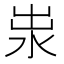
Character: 𱦄